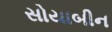
સોયાબીન